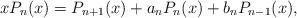
LaTeX: \begin{align*}xP_n(x)=P_{n+1}(x)+a_nP_n(x)+b_nP_{n-1}(x),\end{align*}